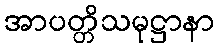
အာပတ္တိသမုဋ္ဌာနာ